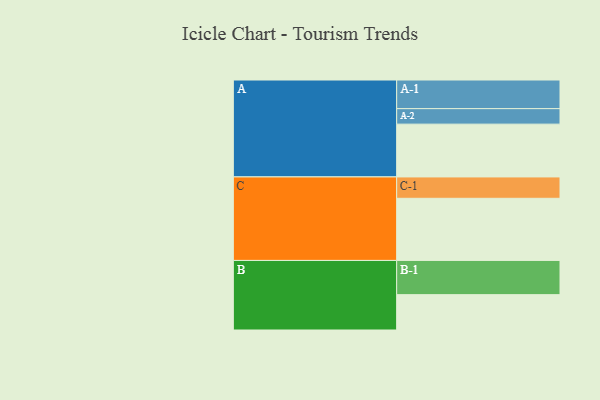
{"axis": {"x": "Segment", "y": "Value"}, "legend": ["", "A", "B", "C"], "data": [{"x": "A", "y": 457, "type": ""}, {"x": "B", "y": 306, "type": ""}, {"x": "C", "y": 538, "type": ""}, {"x": "A-1", "y": 248, "type": "A"}, {"x": "A-2", "y": 134, "type": "A"}, {"x": "B-1", "y": 296, "type": "B"}, {"x": "C-1", "y": 185, "type": "C"}]}